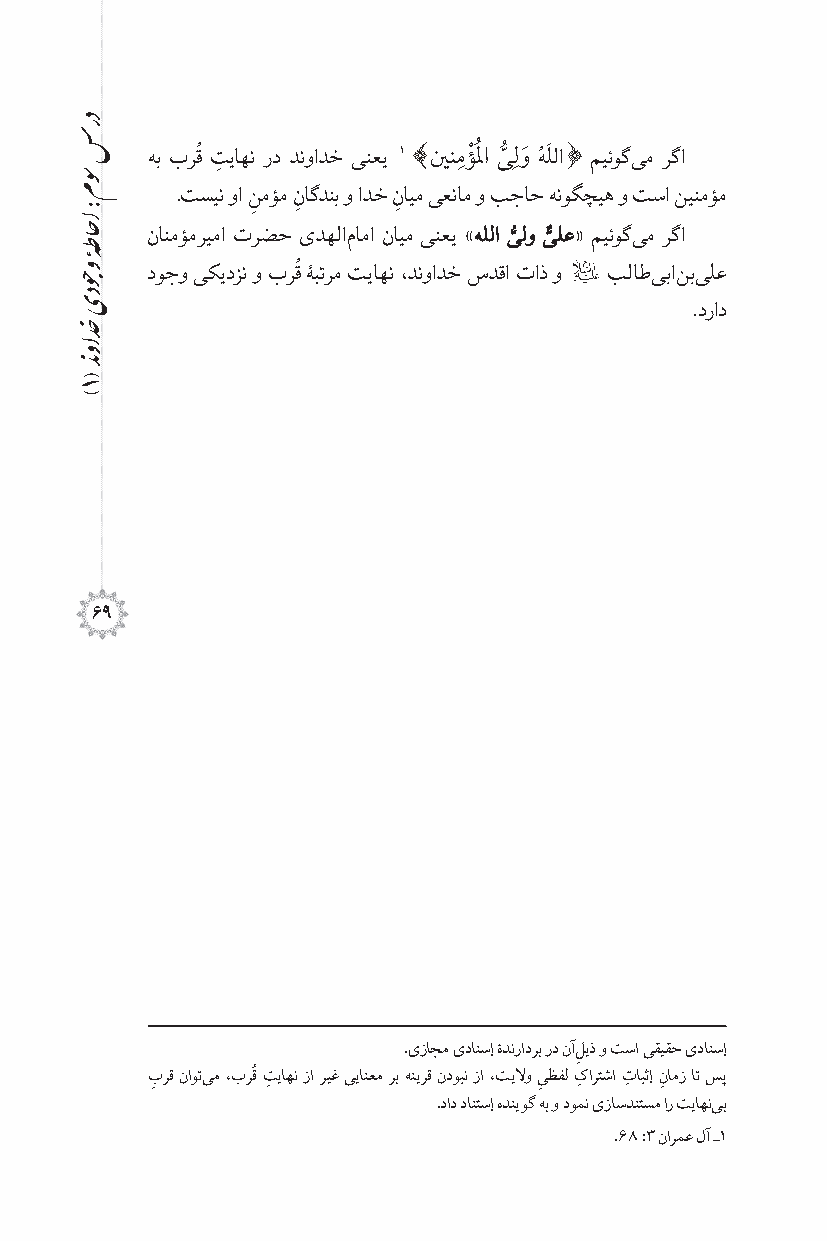
ُ                      ُ َ
 هب برق ت ِ یاهن رد دنوادخ ینعی 1 ]یننمِ ؤْ لمُ ا یُّ ِ لوَ هللا [ میئوگی م رگا
 .تسین وا نمؤم ناگدنب و ادخ نایم یعنام و بجاح هنوگچیه و تسا نینمؤم
 ِ  ِ     ِ
 ُّ ٌّ
 نانمؤمریما ترضح ىدهلا ماما نایم ینعی »هللا یلو یلع« میئوگ یم رگا
 ُ
 1
 دوجو یکیدزن و برق ۀبترم تیاهن ،دنوادخ سدقا تاذ و بلاط یبا نب یلع
 .دراد
 69
 .ىزاجم ىدانسإ ۀدنرادرب رد نآ لیذ و تسا یقیقح ىدانسإ
 ُ                    ِ
 ب
 ِ
 رق ناوتی م ،برق ت
 ِ
 یاهن زا ریغ ییانعم رب هنیرق ندوبن زا ،تیلو ی
 ِ
 ظفل کِ ارتشا تِ ابثإ ن ِامز ات سپ
 .داد دانتسإ هدنیوگ هب و دومن ىزاسدنتسم ار تیاهن یب
 .68 :3 نارمع لآ ـ1